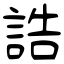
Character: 誥